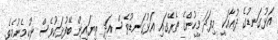
އަޅުގަނޑުގެ ދުޢާއަކީ މިފަދަ މީހުންގެ ތެރޭގައި އަޅުގަނޑުވެސް އަދި ތިޔައިން ބޭފުޅަކުވެސް ނުހިމެނުމެވެ.